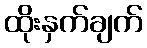
ထိုးနှက်ချက်